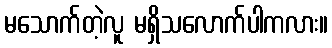
မသောက်တဲ့လူ မရှိသလောက်ပါကလား။